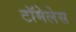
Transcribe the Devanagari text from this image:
टॉमेलेस